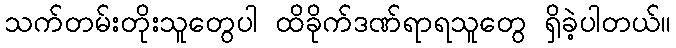
သက်တမ်းတိုးသူတွေပါ ထိခိုက်ဒဏ်ရာရသူတွေ ရှိခဲ့ပါတယ်။